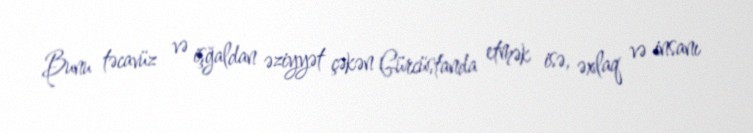
Bunu təcavüz və işğaldan əziyyət çəkən Gürcüstanda etmək isə, əxlaq və insanı